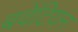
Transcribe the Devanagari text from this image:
बवेंटियन